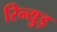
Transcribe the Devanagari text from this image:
रिन्युड़